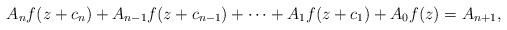
LaTeX: \begin{align*}A_{n}f(z+c_{n})+A_{n-1}f(z+c_{n-1})+\cdots+A_{1}f(z+c_{1})+A_{0}f(z)=A_{n+1}, \end{align*}